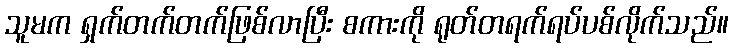
သူမက ရှက်တက်တက်ဖြစ်လာပြီး စကားကို ရုတ်တရက်ရပ်ပစ်လိုက်သည်။